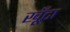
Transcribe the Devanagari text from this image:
खूँटा